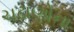
ચઢાણોના